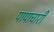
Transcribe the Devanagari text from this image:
पापाचारी